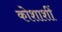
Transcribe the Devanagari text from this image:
कोशाशीं